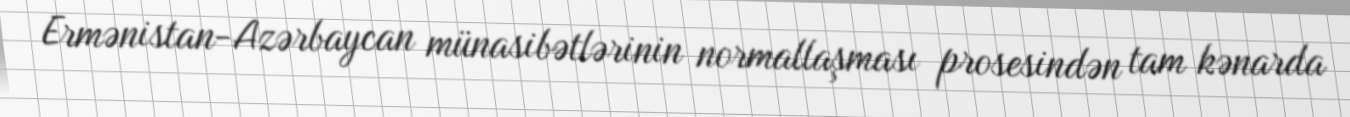
Ermənistan-Azərbaycan münasibətlərinin normallaşması prosesindən tam kənarda